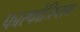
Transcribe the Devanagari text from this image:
फास्फोजिप्सम